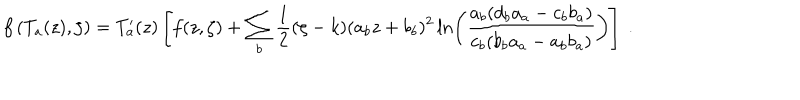
LaTeX: f \left( T _ { a } ( z ) , \zeta \right) = T _ { a } ^ { \prime } ( z ) \left[ f ( z , \zeta ) + \sum _ { b } \frac { 1 } { 2 } ( \zeta - k ) ( a _ { b } z + b _ { b } ) ^ { 2 } \ln \left( \frac { a _ { b } ( d _ { b } a _ { a } - c _ { b } b _ { a } ) } { c _ { b } ( b _ { b } a _ { a } - a _ { b } b _ { a } ) } \right) \right] \ .